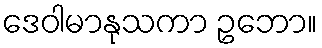
ဒေဝါမာနုသကာ ဥဘော။